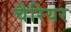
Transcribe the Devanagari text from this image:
चैरियर